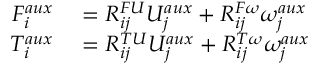
\begin{array} { r l } { F _ { i } ^ { a u x } } & { { } = R _ { i j } ^ { F U } U _ { j } ^ { a u x } + R _ { i j } ^ { F \omega } \omega _ { j } ^ { a u x } } \\ { T _ { i } ^ { a u x } } & { { } = R _ { i j } ^ { T U } U _ { j } ^ { a u x } + R _ { i j } ^ { T \omega } \omega _ { j } ^ { a u x } } \end{array}